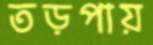
তড়পায়